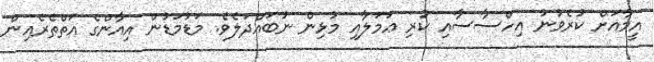
އީމާއަށް ކުރެވުނު އިހްސާސާއި ކުރި ޢަމަލާއި މުޅިން ނުބައްދަލެވެ. މަޑުމަޑުން އިއާންގެ އަތްތެރެއިން